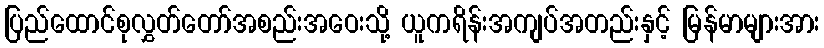
ပြည်ထောင်စုလွှတ်တော်အစည်းအဝေးသို့ ယူကရိန်းအကျပ်အတည်းနှင့် မြန်မာများအား